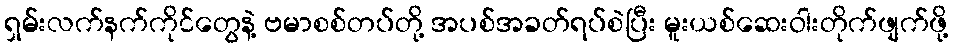
ရှမ်းလက်နက်ကိုင်တွေနဲ့ ဗမာစစ်တပ်တို့ အပစ်အခတ်ရပ်စဲပြီး မူးယစ်ဆေးဝါးတိုက်ဖျက်ဖို့